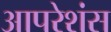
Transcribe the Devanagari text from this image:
आपरेशंस